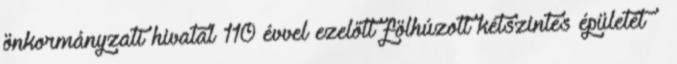
önkormányzati hivatal 110 évvel ezelőtt fölhúzott kétszintes épületét –